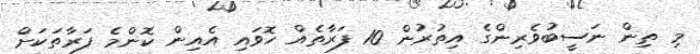
މި ތިން ނަސީބުވެރިންގެ އިތުރުން 10 ފަރާތެއް ހޮވައި އެއިން ކޮންމެ ފަރާތަކަށް